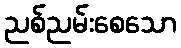
ညစ်ညမ်းစေသော